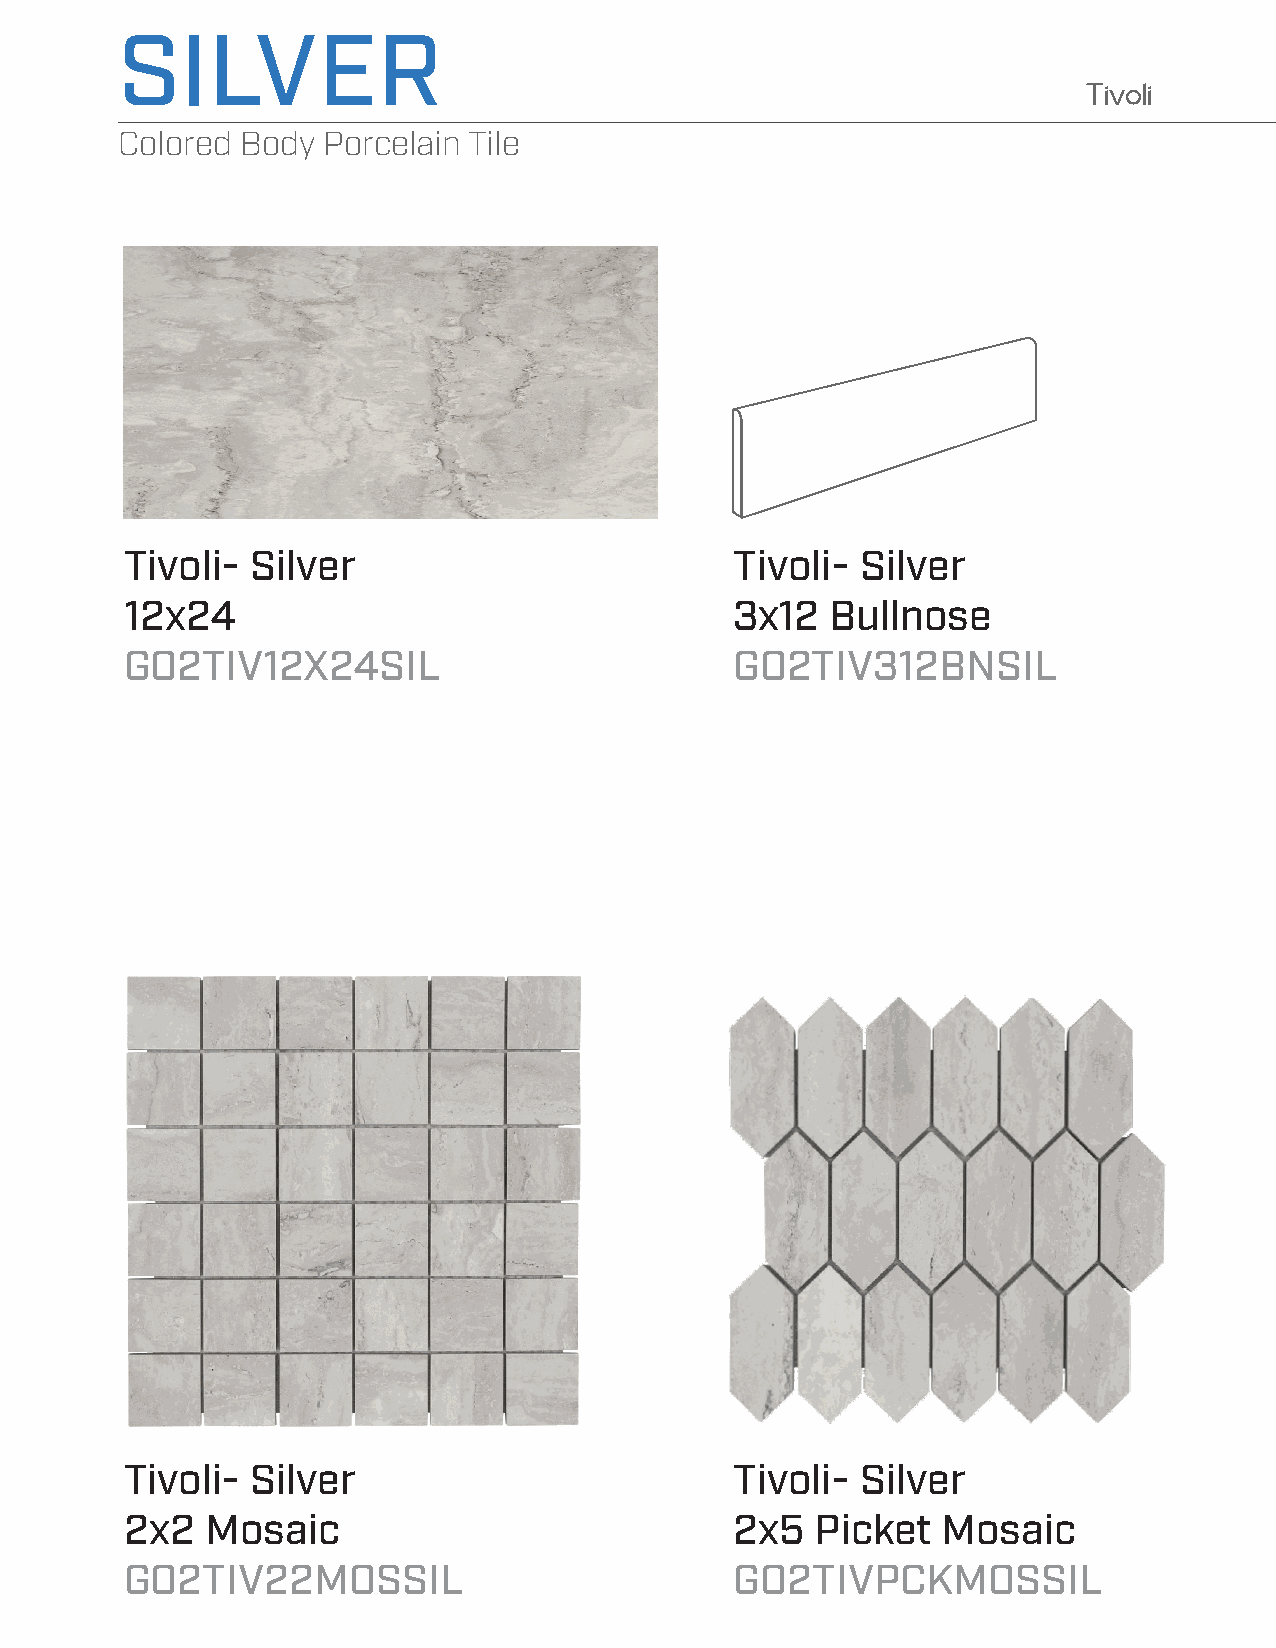
SILVER
 Tivoli
 Colored Body Porcelain Tile
 Tivoli-  Silver                          Tivoli- Silver
 12x24                                    3x12  Bullnose
 GO2TIV12X24SIL                           GO2TIV312BNSIL
 Tivoli-  Silver                          Tivoli- Silver
 2x2   Mosaic                             2x5  Picket  Mosaic
 GO2TIV22MOSSIL                           GO2TIVPCKMOSSIL